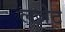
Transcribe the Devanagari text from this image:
लजेट